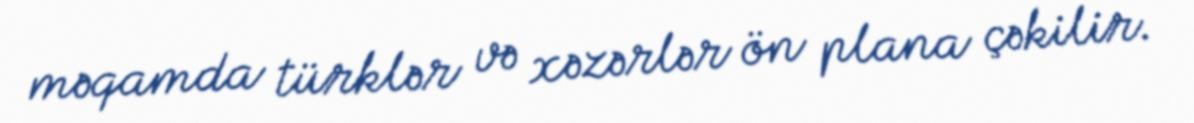
məqamda türklər və xəzərlər ön plana çəkilir.